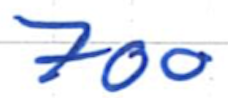
Text: 700
Cross-out: clean
Writing tool: ballpoint